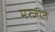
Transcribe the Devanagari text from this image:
मस्जीते